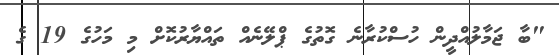
"ބާ ޖަމާލުއްދީން ހުސްކުރާނެ ގޮތުގެ ޕްލޭނެއް ތައްޔާރުކޮށް މި މަހުގެ 19 ގެ